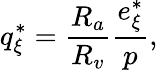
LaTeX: q_{\xi}^{*}=\frac{R_{a}}{R_{v}}\frac{e_{\xi}^{*}}{p},